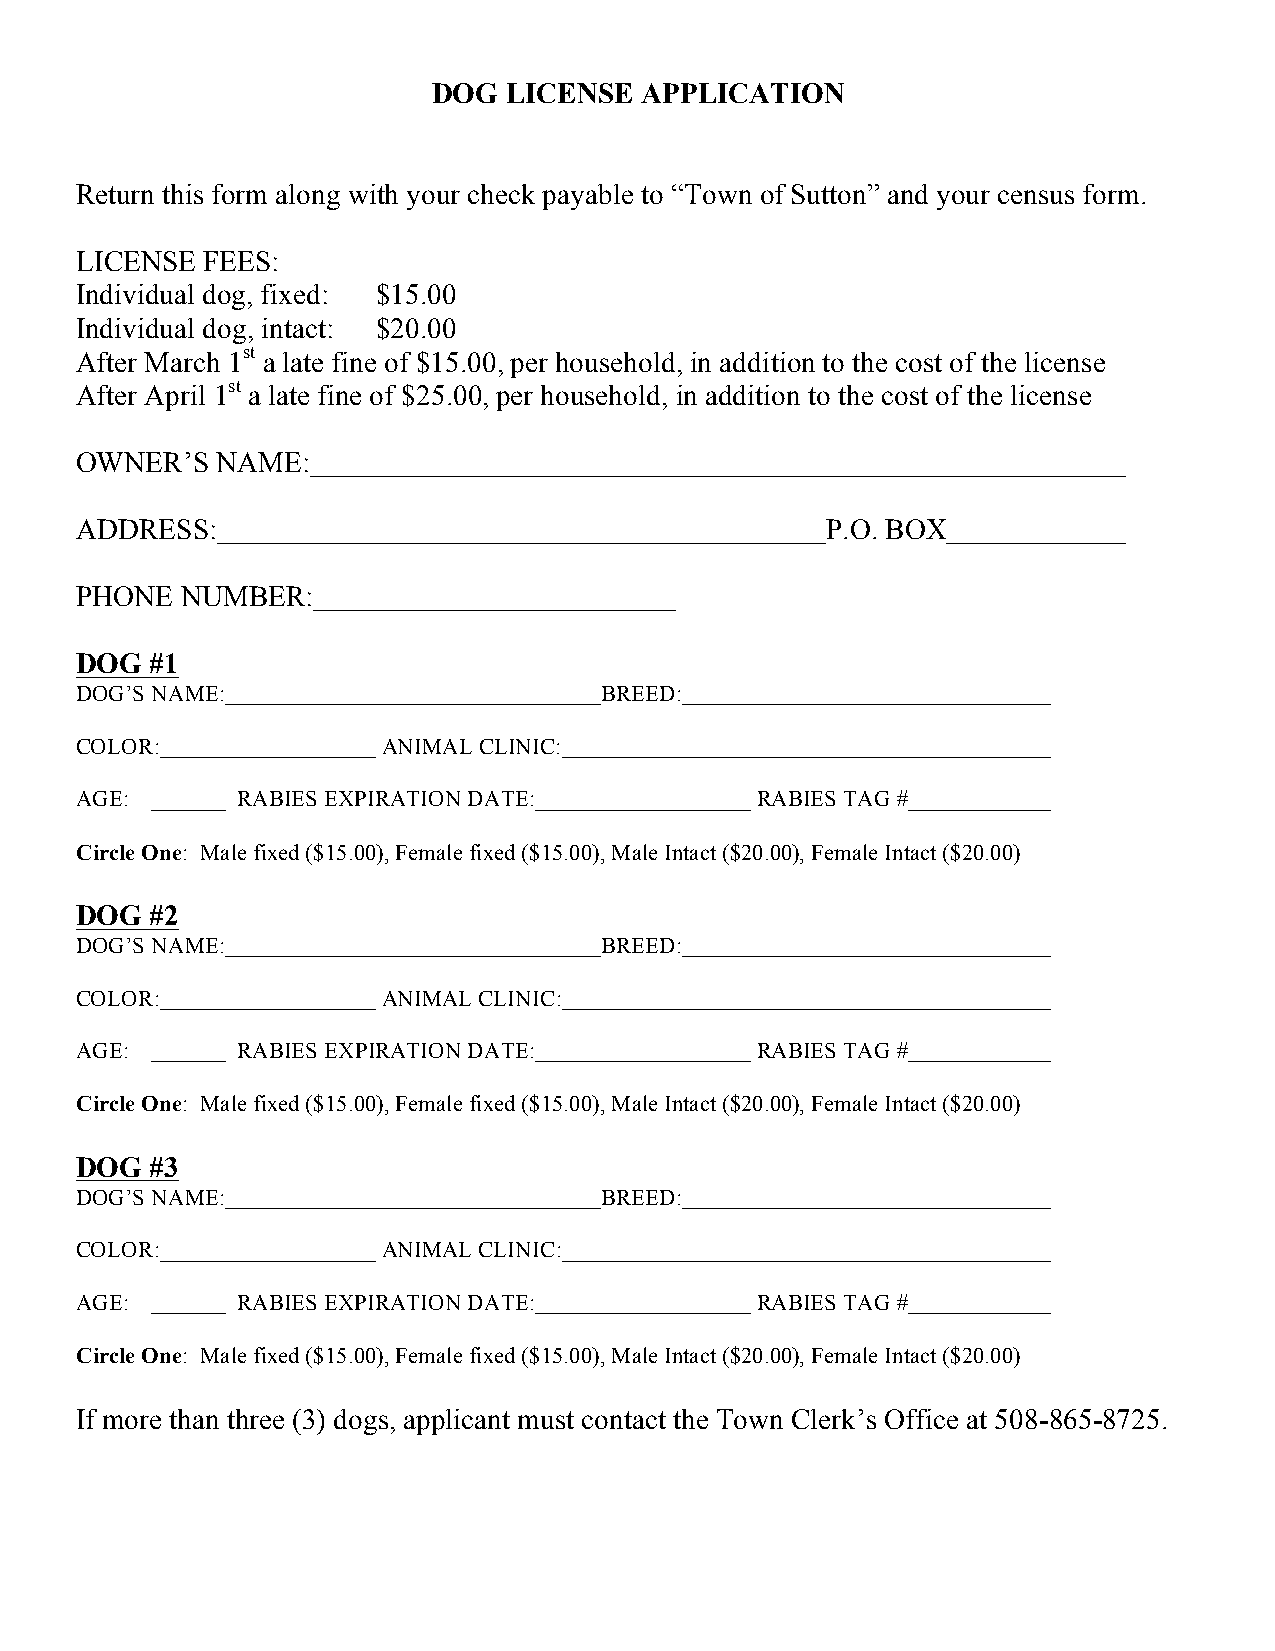
DOG LICENSE  APPLICATION
 Return this form along with your check payable to “Town of Sutton” and your census form.
 LICENSE FEES:
 Individual dog, fixed: $15.00
 Individual dog, intact: $20.00
 After March 1st a late fine of $15.00, per household, in addition to the cost of the license
 After April 1st a late fine of $25.00, per household, in addition to the cost of the license
 OWNER’S  NAME:
 ADDRESS:                                          P.O. BOX
 PHONE  NUMBER:
 DOG  #1
 DOG’S NAME:                        BREED:
 COLOR:              ANIMAL CLINIC:
 AGE:       RABIES EXPIRATION DATE:           RABIES TAG #
 Circle One: Male fixed ($15.00), Female fixed ($15.00), Male Intact ($20.00), Female Intact ($20.00)
 DOG  #2
 DOG’S NAME:                        BREED:
 COLOR:              ANIMAL CLINIC:
 AGE:       RABIES EXPIRATION DATE:           RABIES TAG #
 Circle One: Male fixed ($15.00), Female fixed ($15.00), Male Intact ($20.00), Female Intact ($20.00)
 DOG  #3
 DOG’S NAME:                        BREED:
 COLOR:              ANIMAL CLINIC:
 AGE:       RABIES EXPIRATION DATE:           RABIES TAG #
 Circle One: Male fixed ($15.00), Female fixed ($15.00), Male Intact ($20.00), Female Intact ($20.00)
 If more than three (3) dogs, applicant must contact the Town Clerk’s Office at 508-865-8725.